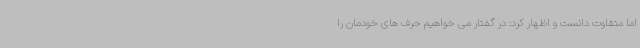
اما متقاوت دانست و اظهار کرد: در گفتار می خواهیم حرف های خودمان را